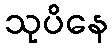
သုပိနေ